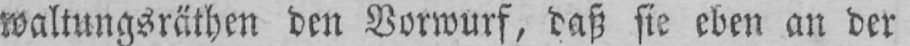
waltungsräthen den Vorwurf, daß sie eben an der